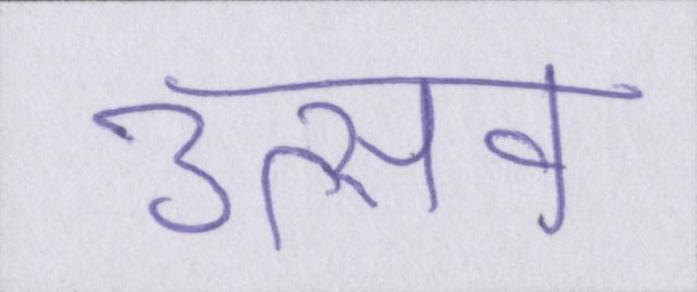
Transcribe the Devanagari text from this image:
उत्सव